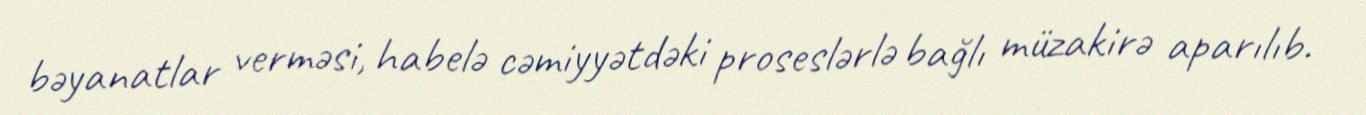
bəyanatlar verməsi, habelə cəmiyyətdəki proseslərlə bağlı müzakirə aparılıb.